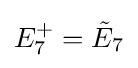
E_{7}^{+}={\tilde {E}}_{7}